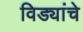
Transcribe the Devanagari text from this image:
विड्यांचे